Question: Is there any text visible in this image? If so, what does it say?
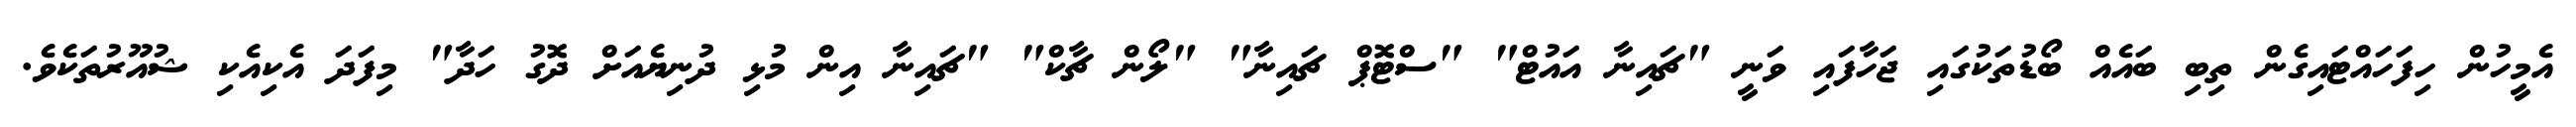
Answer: އެމީހުން ހިފަހައްޓައިގެން ތިބި ބައެއް ބޯޑުތަކުގައި ޖަހާފައި ވަނީ "ޗައިނާ އައުޓް" "ސްޓޮޕް ޗައިނާ" "ލޯން ޗާކް" "ޗައިނާ އިން މުޅި ދުނިޔެއަށް ދޮގު ހަދާ" މިފަދަ އެކިއެކި ޝުއޫރުތަކެވެ.